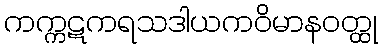
ကက္ကဋကရသဒါယကဝိမာနဝတ္ထု